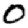
Digit: 0